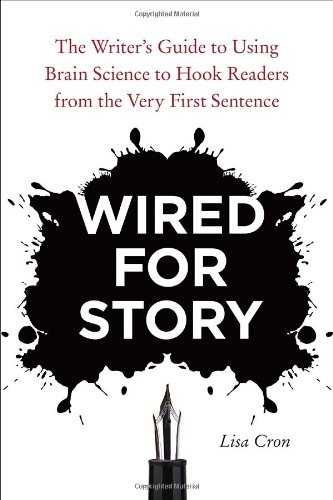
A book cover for Wired for Story: The Writer's Guide to Using Brain Science to Hook Readers from the Very First Sentence; Lisa Cron; Science & Math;